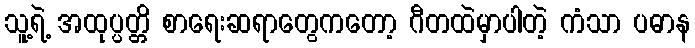
သူ့ရဲ့ အထုပ္ပတ္တိ စာရေးဆရာတွေကတော့ ဂီတထဲမှာပါတဲ့ ကံသာ ပဓာန